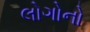
લોગોનો